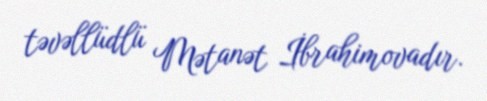
təvəllüdlü Mətanət İbrahimovadır.